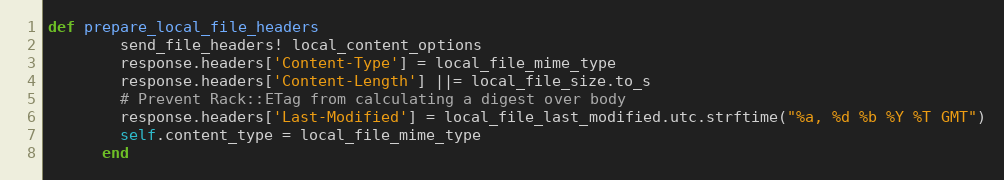
Language: Ruby
def prepare_local_file_headers
        send_file_headers! local_content_options
        response.headers['Content-Type'] = local_file_mime_type
        response.headers['Content-Length'] ||= local_file_size.to_s
        # Prevent Rack::ETag from calculating a digest over body
        response.headers['Last-Modified'] = local_file_last_modified.utc.strftime("%a, %d %b %Y %T GMT")
        self.content_type = local_file_mime_type
      end